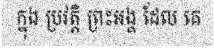
ក្នុង ប្រវត្តិ ព្រះអង្គ ដែល គេ